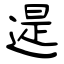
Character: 遈